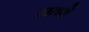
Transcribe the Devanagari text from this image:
रातवे